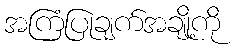
အကြံပြုချက်အချို့ကို